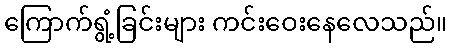
ကြောက်ရွံ့ခြင်းများ ကင်းဝေးနေလေသည်။